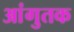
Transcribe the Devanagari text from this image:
आंगुतक